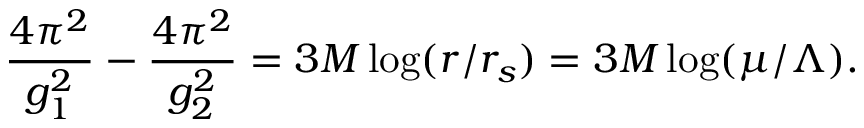
{ \frac { 4 \pi ^ { 2 } } { g _ { 1 } ^ { 2 } } } - { \frac { 4 \pi ^ { 2 } } { g _ { 2 } ^ { 2 } } } = 3 M \log ( r / r _ { s } ) = 3 M \log ( \mu / \Lambda ) .